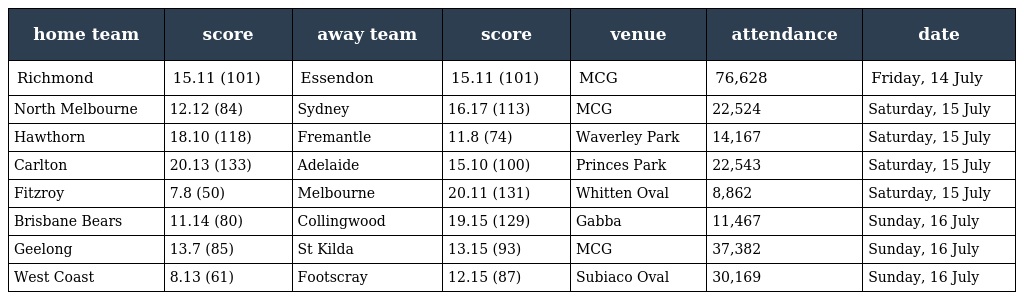
| home team | score | away team | score | venue | attendance | date |
 | --- | --- | --- | --- | --- | --- | --- |
 | Richmond | 15.11 (101) | Essendon | 15.11 (101) | MCG | 76,628 | Friday, 14 July |
 | North Melbourne | 12.12 (84) | Sydney | 16.17 (113) | MCG | 22,524 | Saturday, 15 July |
 | Hawthorn | 18.10 (118) | Fremantle | 11.8 (74) | Waverley Park | 14,167 | Saturday, 15 July |
 | Carlton | 20.13 (133) | Adelaide | 15.10 (100) | Princes Park | 22,543 | Saturday, 15 July |
 | Fitzroy | 7.8 (50) | Melbourne | 20.11 (131) | Whitten Oval | 8,862 | Saturday, 15 July |
 | Brisbane Bears | 11.14 (80) | Collingwood | 19.15 (129) | Gabba | 11,467 | Sunday, 16 July |
 | Geelong | 13.7 (85) | St Kilda | 13.15 (93) | MCG | 37,382 | Sunday, 16 July |
 | West Coast | 8.13 (61) | Footscray | 12.15 (87) | Subiaco Oval | 30,169 | Sunday, 16 July |